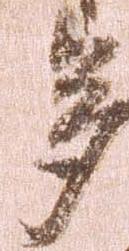
多